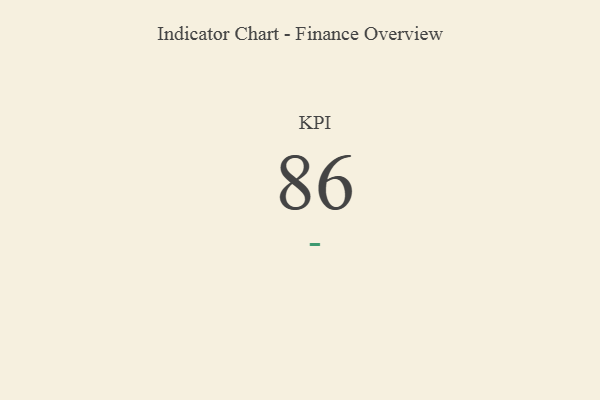
{"axis": {"x": "KPI", "y": "Value"}, "legend": [""], "data": [{"x": "KPI", "y": 86, "type": ""}]}